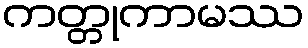
ကတ္တုကာမဿ